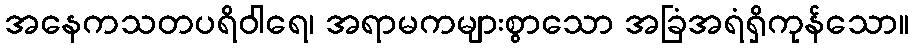
အနေကသတပရိဝါရေ၊ အရာမကများစွာသော အခြံအရံရှိကုန်သော။